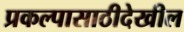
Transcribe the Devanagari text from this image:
प्रकल्पासाठीदेखील